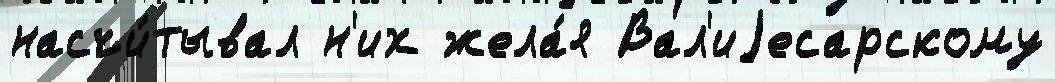
насчи́тывал н'их жела́я Вал'иjесарскому